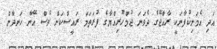
އަދި އެމަނިކުފާނަކީ ރާއްޖޭގެ ދެވަނަ ޖުމްހޫރިއްޔާގެ ފުރަތަމަ ރައީސްކަން ވެސް އޭނާ ހަނދާން